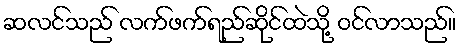
ဆလင်သည် လက်ဖက်ရည်ဆိုင်ထဲသို့ ဝင်လာသည်။